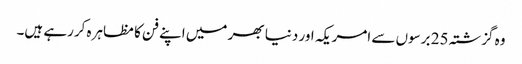
وہ گزشتہ 25 برسوں سے امریکہ اور دنیا بھر میں اپنے فن کا مظاہرہ کررہے ہیں۔